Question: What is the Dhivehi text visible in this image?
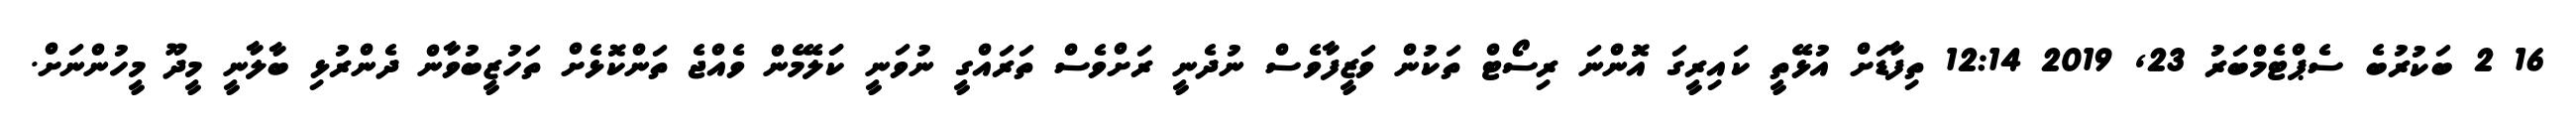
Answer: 16 2 ބަކުރުބެ ސެޕްޓެމްބަރު 23, 2019 12:14 ތިފާޑަށް އުޅޭތީ ކައިރީގަ އޮންނަ ރިސޯޓް ތަކުން ވަޒީފާވެސް ނުދެނީ ރަށްވެސް ތަރައްގީ ނުވަނީ ކަަލޭމެން ވެއްޖެ ތަންކޮޅެށް ތަހުޒީބުވާން ދެންރުޅި ބާލާނީ މީދޫ މީހުންނަށް.